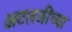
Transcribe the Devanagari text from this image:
अटलजींच्या